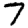
Digit: 7